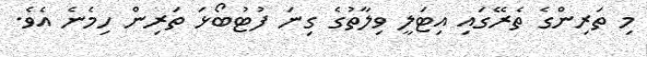
މި ތަރިންގެ ތެރޭގައި އިޓަލީ ވިލާތުގެ ގިނަ ފުޓުބޯޅަ ތަރިން ހިމެނެ އެވެ.